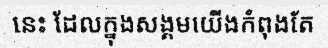
នេះ ដែលក្នុងសង្គមយើងកំពុងតែ